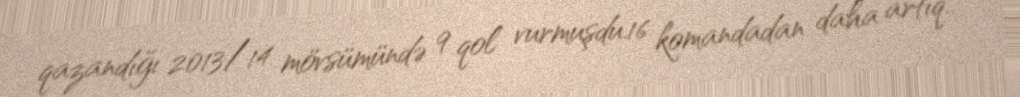
qazandığı 2013/14 mövsümündə 9 qol vurmuşdu.16 komandadan daha artıq..